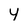
Character: y